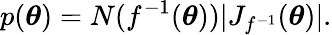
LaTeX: p(\boldsymbol{\theta})=N(f^{-1}(\boldsymbol{\theta}))\vert J_{f^{-1}}(\boldsymbol{\theta})\vert.